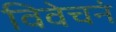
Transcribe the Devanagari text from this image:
विवेचनं